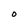
Character: O